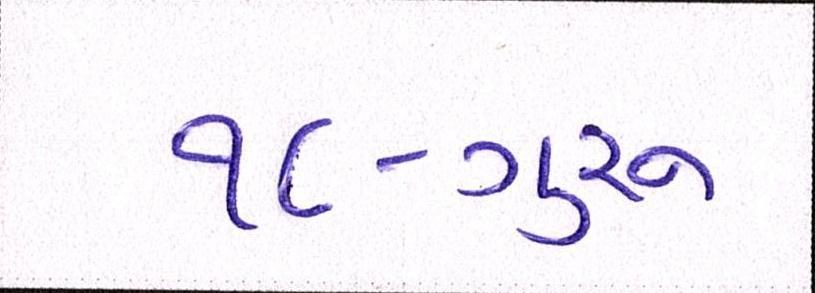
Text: ૧૮-ગુરૂ